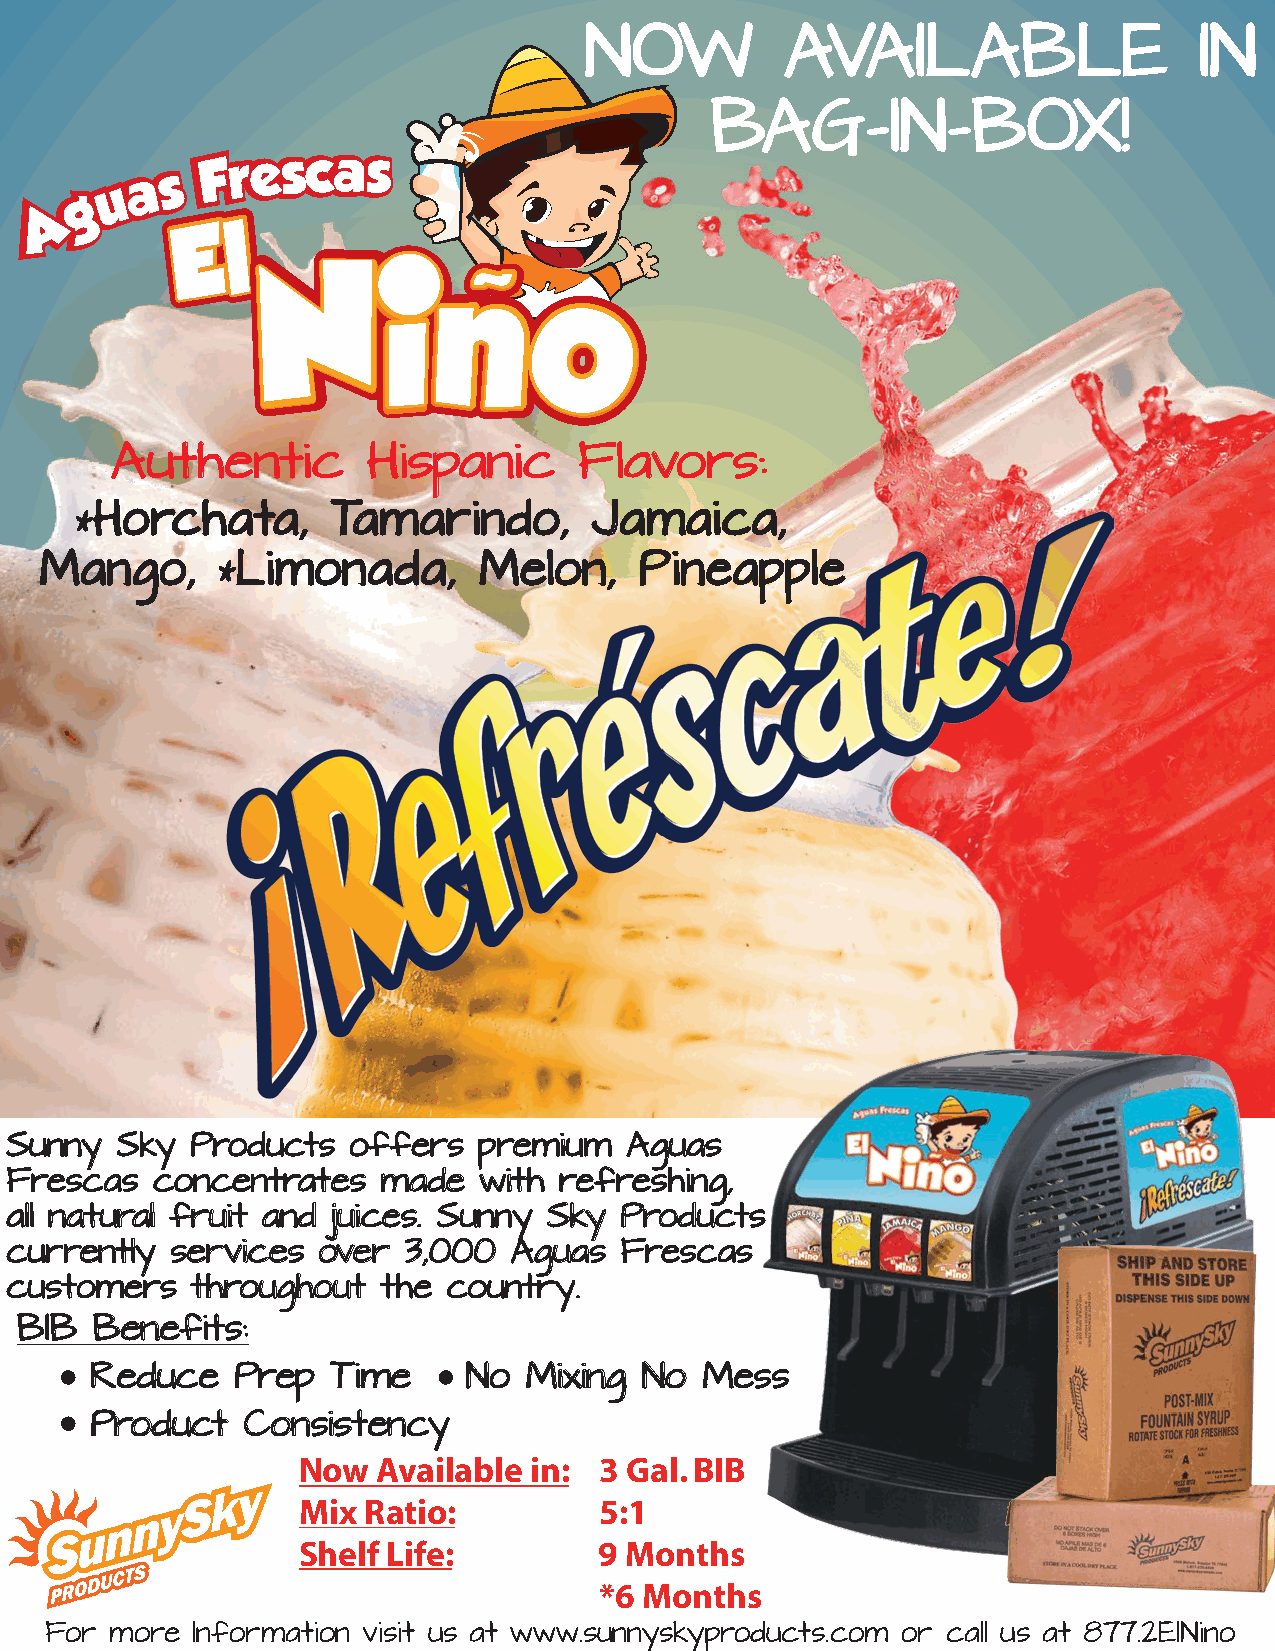
NOW          AVAILABLE                  IN
 BAG-IN-BOX!
 Authentic        Hispanic      Flavors:
 Horchata,       Tamarindo,       Jamaica,
 *
 Mango,       Limonada,       Melon,    Pineapple
 *
 Sunny   Sky  Products  offers   premium  Aguas
 Frescas   concentrates   made   with refreshing,
 all natural fruit and juices. Sunny Sky  Products
 currently  services  over  3,000  Aguas  Frescas
 customers    throughout  the  country.
 BIB  Benefits:
 Reduce    Prep  Time     No  Mixing  No Mess
 Product   Consistency
 Now  Available in:  3 Gal. BIB
 Mix Ratio:          5:1
 Shelf Life:         9 Months
 *6 Months
 For more  Information visit us at www.sunnyskyproducts.com or call us at 877.2ElNino